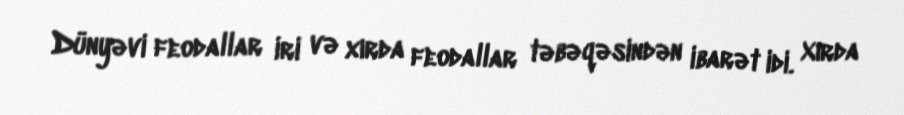
Dünyəvi feodallar iri və xırda feodallar təbəqəsindən ibarət idi. Xırda